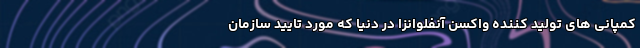
کمپانی های تولید کننده واکسن آنفلوانزا در دنیا که مورد تایید سازمان